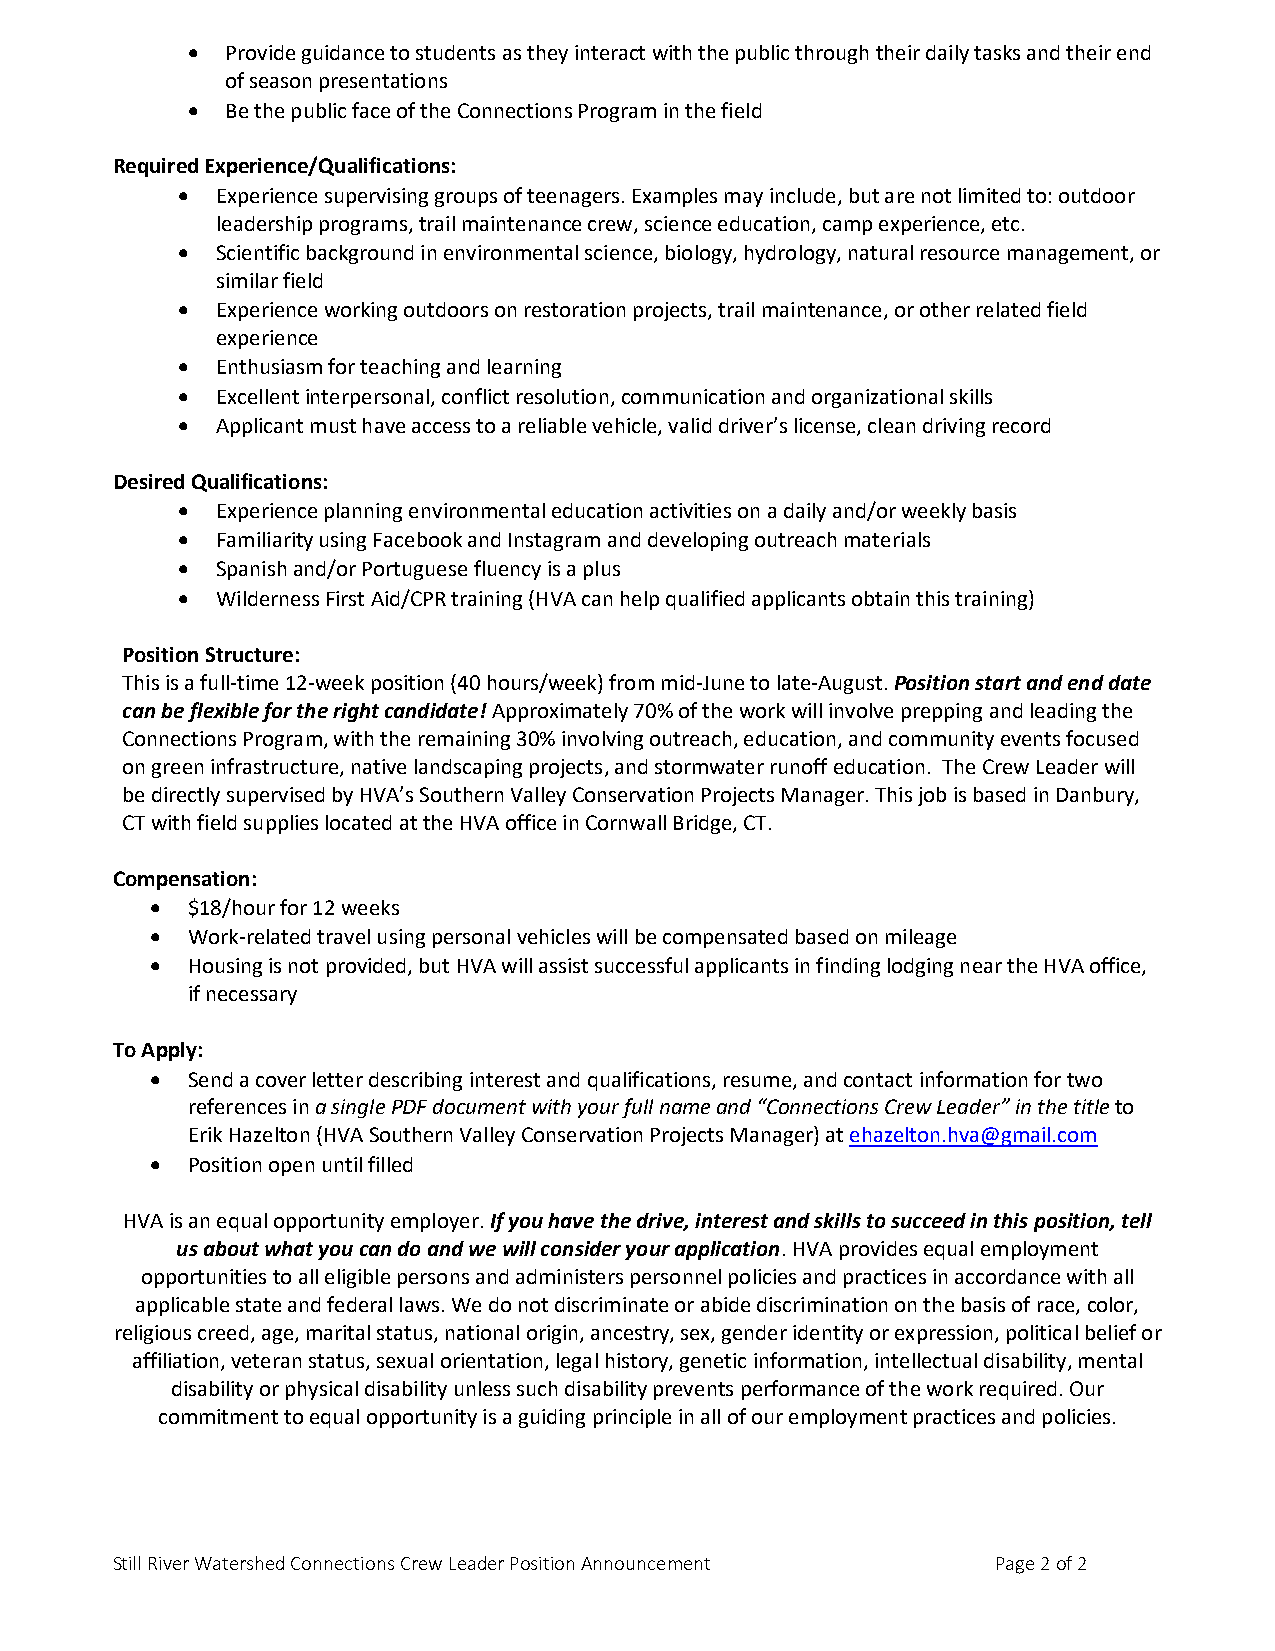
  Provide guidance to students as they interact with the public through their daily tasks and their end
 of season presentations
   Be the public face of the Connections Program in the field
 Required Experience/Qualifications:
  Experience supervising groups of teenagers. Examples may include, but are not limited to: outdoor
 leadership programs, trail maintenance crew, science education, camp experience, etc.
  Scientific background in environmental science, biology, hydrology, natural resource management, or
 similar field
  Experience working outdoors on restoration projects, trail maintenance, or other related field
 experience
  Enthusiasm for teaching and learning
  Excellent interpersonal, conflict resolution, communication and organizational skills
  Applicant must have access to a reliable vehicle, valid driver’s license, clean driving record
 Desired Qualifications:
  Experience planning environmental education activities on a daily and/or weekly basis
  Familiarity using Facebook and Instagram and developing outreach materials
  Spanish and/or Portuguese fluency is a plus
  Wilderness First Aid/CPR training (HVA can help qualified applicants obtain this training)
 Position Structure:
 This is a full-time 12-week position (40 hours/week) from mid-June to late-August. Position start and end date
 can be flexible for the right candidate! Approximately 70% of the work will involve prepping and leading the
 Connections Program, with the remaining 30% involving outreach, education, and community events focused
 on green infrastructure, native landscaping projects, and stormwater runoff education. The Crew Leader will
 be directly supervised by HVA’s Southern Valley Conservation Projects Manager. This job is based in Danbury,
 CT with field supplies located at the HVA office in Cornwall Bridge, CT.
 Compensation:
  $18/hour for 12 weeks
  Work-related travel using personal vehicles will be compensated based on mileage
  Housing is not provided, but HVA will assist successful applicants in finding lodging near the HVA office,
 if necessary
 To Apply:
  Send a cover letter describing interest and qualifications, resume, and contact information for two
 references in a single PDF document with your full name and “Connections Crew Leader” in the title to
 Erik Hazelton (HVA Southern Valley Conservation Projects Manager) at ehazelton.hva@gmail.com
  Position open until filled
 HVA is an equal opportunity employer. If you have the drive, interest and skills to succeed in this position, tell
 us about what you can do and we will consider your application. HVA provides equal employment
 opportunities to all eligible persons and administers personnel policies and practices in accordance with all
 applicable state and federal laws. We do not discriminate or abide discrimination on the basis of race, color,
 religious creed, age, marital status, national origin, ancestry, sex, gender identity or expression, political belief or
 affiliation, veteran status, sexual orientation, legal history, genetic information, intellectual disability, mental
 disability or physical disability unless such disability prevents performance of the work required. Our
 commitment to equal opportunity is a guiding principle in all of our employment practices and policies.
 Still River Watershed Connections Crew Leader Position Announcement Page 2 of 2